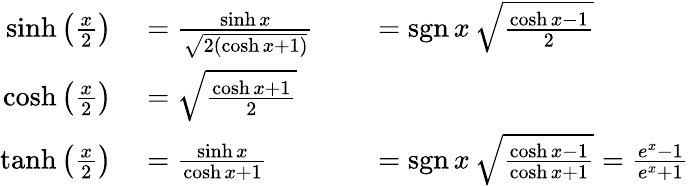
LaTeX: \begin{array}{rlrl}{\sinh\left({\frac{x}{2}}\right)}&{{}={\frac{\sinh x}{\sqrt{2(\cosh x+1)}}}}&{}&{{}=\operatorname{sgn}x\, {\sqrt{\frac{\cosh x-1}{2}}}}\\ {\cosh\left({\frac{x}{2}}\right)}&{{}={\sqrt{\frac{\cosh x+1}{2}}}}\\ {\operatorname{tanh}\left({\frac{x}{2}}\right)}&{{}={\frac{\sinh x}{\cosh x+1}}}&{}&{{}=\operatorname{sgn}x\, {\sqrt{\frac{\cosh x-1}{\cosh x+1}}}={\frac{e^{x}-1}{e^{x}+1}}}\end{array}